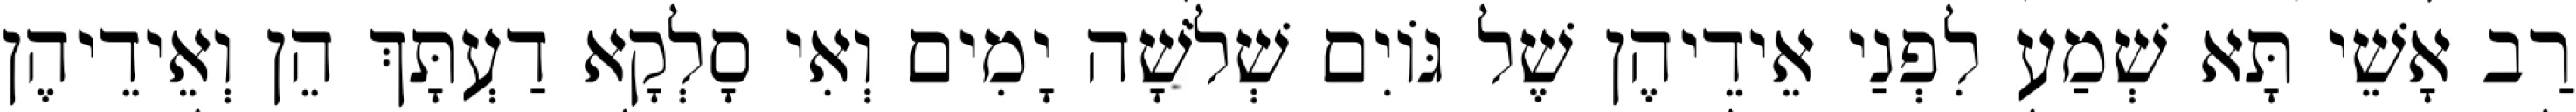
רַב אָשֵׁי תָּא שְׁמַע לִפְנַי אֵידֵיהֶן שֶׁל גּוֹיִם שְׁלֹשָׁה יָמִים וְאִי סָלְקָא דַעְתָּךְ הֵן וְאֵידֵיהֶן